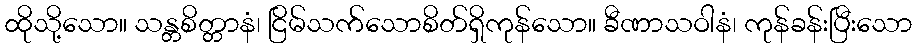
ထိုသို့သော။ သန္တစိတ္တာနံ၊ ငြိမ်သက်သောစိတ်ရှိကုန်သော။ ခီဏာသဝါနံ၊ ကုန်ခန်းပြီးသော